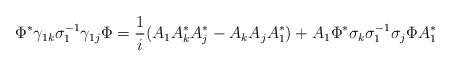
LaTeX: \begin{align*}\Phi^* \gamma_{1k} \sigma_1^{-1} \gamma_{1j} \Phi = \frac{1}{i} (A_1 A_k^* A_j^* - A_k A_j A_1^*) + A_1 \Phi^* \sigma_k \sigma_1^{-1} \sigma_j \Phi A_1^*\end{align*}